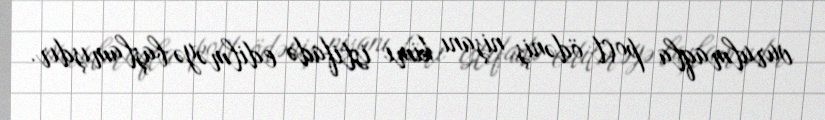
vurulmaqla poçt ödəniş nişanı kimi istifadə edilməyə başlamışdır.